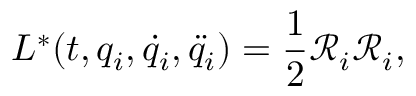
L ^ { * } ( t , q _ { i } , \dot { q } _ { i } , \ddot { q } _ { i } ) = \frac { 1 } { 2 } \mathcal { R } _ { i } \mathcal { R } _ { i } ,